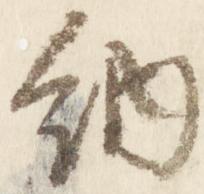
納